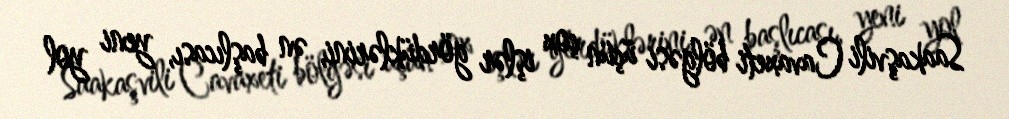
Saakaşvili Cavaxeti bölgəsi üçün çox işlər gördüklərini, ən başlıcası, yeni yol